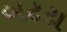
બટટા